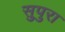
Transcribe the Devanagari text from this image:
सुपुरा